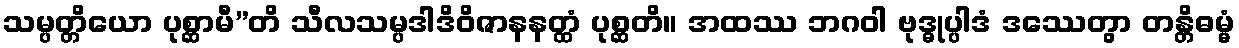
သမ္ပတ္တိယော ပုစ္ဆာမီ”တိ သီလသမ္ပဒါဒိဝိဇာနနတ္ထံ ပုစ္ဆတိ။ အထဿ ဘဂဝါ ဗုဒ္ဓုပ္ပါဒံ ဒဿေတွာ တန္တိဓမ္မံ